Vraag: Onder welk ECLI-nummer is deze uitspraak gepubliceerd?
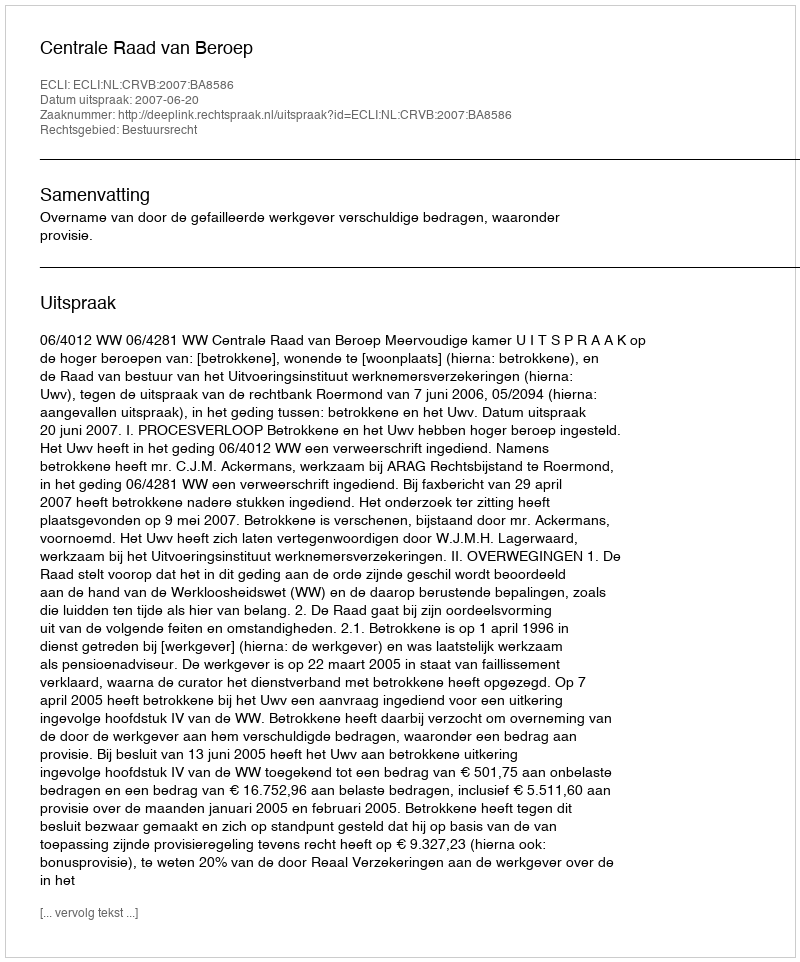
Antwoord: ECLI:NL:CRVB:2007:BA8586